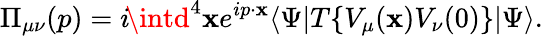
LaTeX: \Pi_{\mu\nu}(p)=i\! \intd^{4}\mathbf{x}e^{ip\cdot\mathbf{x}}\langle\Psi|T\{ V_{\mu}(\mathbf{x})V_{\nu}(0)\} |\Psi\rangle.